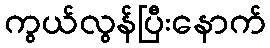
ကွယ်လွန်ပြီးနောက်